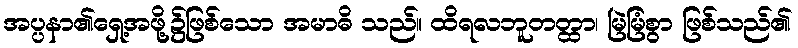
အပ္ပနာ၏ရှေ့အဖို့၌ဖြစ်သော အမာဓိ သည်။ ထိရလဘူတတ္ထာ၊ မြဲမြံစွာ ဖြစ်သည်၏